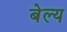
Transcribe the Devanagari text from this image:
बेल्य